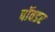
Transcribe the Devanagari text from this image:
पॉवडर